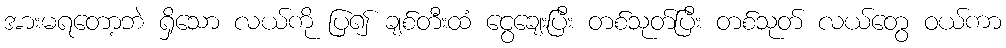
အားမရတော့ဘဲ ရှိသော လယ်ကို ပြ၍ ချစ်တီးထံ ငွေချေးပြီး တစ်သုတ်ပြီး တစ်သုတ် လယ်တွေ ဝယ်ကာ